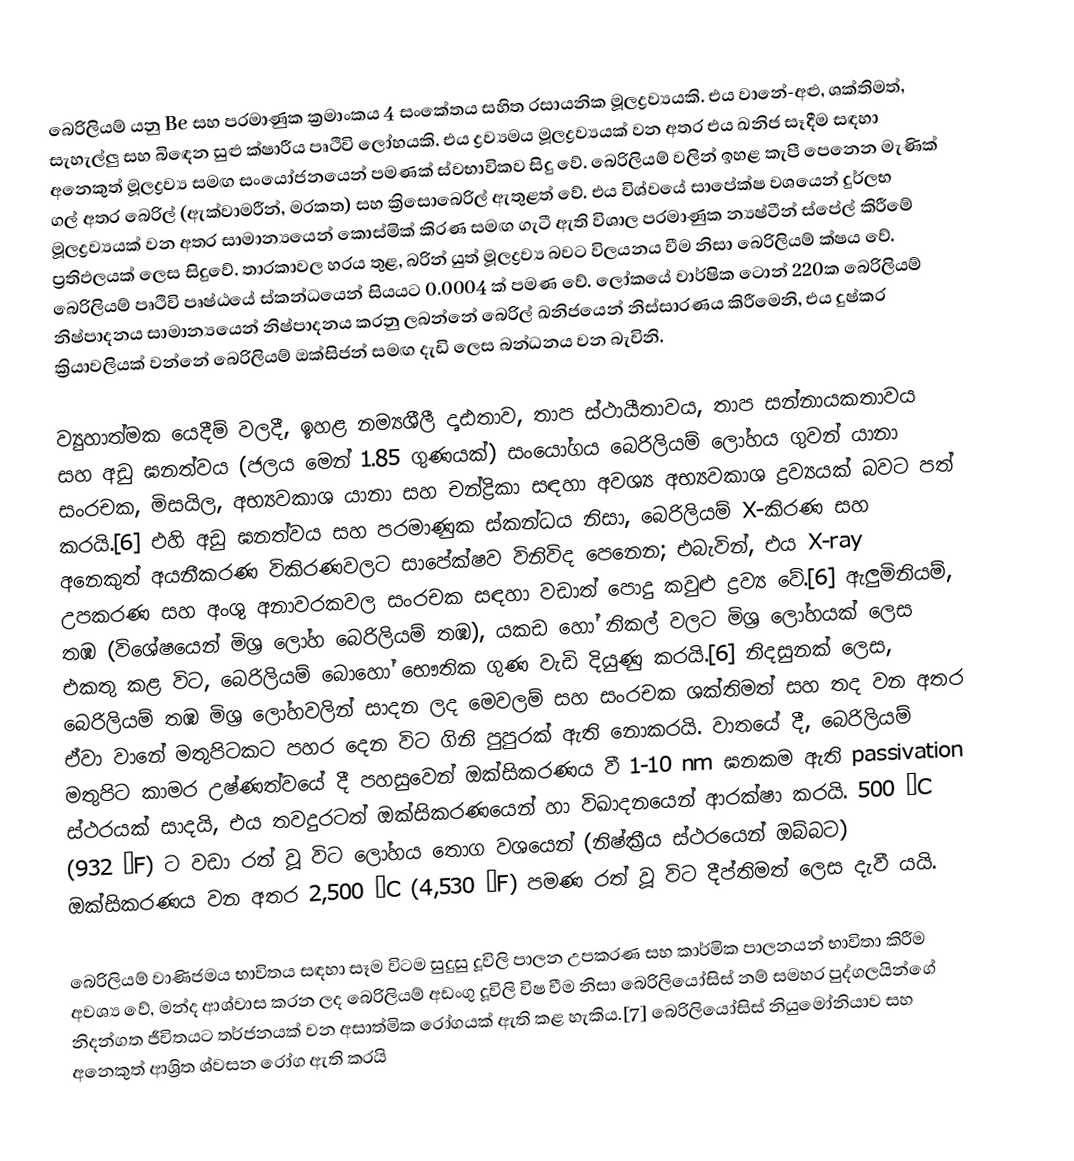
බෙරිලියම් යනු Be සහ පරමාණුක ක්‍රමාංකය 4 සංකේතය සහිත රසායනික මූලද්‍රව්‍යයකි. එය වානේ-අළු, ශක්තිමත්, සැහැල්ලු සහ බිඳෙන සුළු ක්ෂාරීය පෘථිවි ලෝහයකි. එය ද්‍රව්‍යමය මූලද්‍රව්‍යයක් වන අතර එය ඛනිජ සෑදීම සඳහා අනෙකුත් මූලද්‍රව්‍ය සමඟ සංයෝජනයෙන් පමණක් ස්වභාවිකව සිදු වේ. බෙරිලියම් වලින් ඉහළ කැපී පෙනෙන මැණික් ගල් අතර බෙරිල් (ඇක්වාමරීන්, මරකත) සහ ක්‍රිසොබෙරිල් ඇතුළත් වේ. එය විශ්වයේ සාපේක්ෂ වශයෙන් දුර්ලභ මූලද්‍රව්‍යයක් වන අතර සාමාන්‍යයෙන් කොස්මික් කිරණ සමඟ ගැටී ඇති විශාල පරමාණුක න්‍යෂ්ටීන් ස්පේල් කිරීමේ ප්‍රතිඵලයක් ලෙස සිදුවේ. තාරකාවල හරය තුළ, බරින් යුත් මූලද්‍රව්‍ය බවට විලයනය වීම නිසා බෙරිලියම් ක්ෂය වේ. බෙරිලියම් පෘථිවි පෘෂ්ඨයේ ස්කන්ධයෙන් සියයට 0.0004 ක් පමණ වේ. ලෝකයේ වාර්ෂික ටොන් 220ක බෙරිලියම් නිෂ්පාදනය සාමාන්‍යයෙන් නිෂ්පාදනය කරනු ලබන්නේ බෙරිල් ඛනිජයෙන් නිස්සාරණය කිරීමෙනි, එය දුෂ්කර ක්‍රියාවලියක් වන්නේ බෙරිලියම් ඔක්සිජන් සමඟ දැඩි ලෙස බන්ධනය වන බැවිනි.

ව්‍යුහාත්මක යෙදීම් වලදී, ඉහළ නම්‍යශීලී දෘඪතාව, තාප ස්ථායීතාවය, තාප සන්නායකතාවය සහ අඩු ඝනත්වය (ජලය මෙන් 1.85 ගුණයක්) සංයෝගය බෙරිලියම් ලෝහය ගුවන් යානා සංරචක, මිසයිල, අභ්‍යවකාශ යානා සහ චන්ද්‍රිකා සඳහා අවශ්‍ය අභ්‍යවකාශ ද්‍රව්‍යයක් බවට පත් කරයි.[6] එහි අඩු ඝනත්වය සහ පරමාණුක ස්කන්ධය නිසා, බෙරිලියම් X-කිරණ සහ අනෙකුත් අයනීකරණ විකිරණවලට සාපේක්ෂව විනිවිද පෙනෙන; එබැවින්, එය X-ray උපකරණ සහ අංශු අනාවරකවල සංරචක සඳහා වඩාත් පොදු කවුළු ද්‍රව්‍ය වේ.[6] ඇලුමිනියම්, තඹ (විශේෂයෙන් මිශ්‍ර ලෝහ බෙරිලියම් තඹ), යකඩ හෝ නිකල් වලට මිශ්‍ර ලෝහයක් ලෙස එකතු කළ විට, බෙරිලියම් බොහෝ භෞතික ගුණ වැඩි දියුණු කරයි.[6] නිදසුනක් ලෙස, බෙරිලියම් තඹ මිශ්‍ර ලෝහවලින් සාදන ලද මෙවලම් සහ සංරචක ශක්තිමත් සහ තද වන අතර ඒවා වානේ මතුපිටකට පහර දෙන විට ගිනි පුපුරක් ඇති නොකරයි. වාතයේ දී, බෙරිලියම් මතුපිට කාමර උෂ්ණත්වයේ දී පහසුවෙන් ඔක්සිකරණය වී 1-10 nm ඝනකම ඇති passivation ස්ථරයක් සාදයි, එය තවදුරටත් ඔක්සිකරණයෙන් හා විඛාදනයෙන් ආරක්ෂා කරයි. 500 °C (932 °F) ට වඩා රත් වූ විට ලෝහය තොග වශයෙන් (නිෂ්ක්‍රීය ස්ථරයෙන් ඔබ්බට) ඔක්සිකරණය වන අතර 2,500 °C (4,530 °F) පමණ රත් වූ විට දීප්තිමත් ලෙස දැවී යයි.

බෙරිලියම් වාණිජමය භාවිතය සඳහා සෑම විටම සුදුසු දූවිලි පාලන උපකරණ සහ කාර්මික පාලනයන් භාවිතා කිරීම අවශ්‍ය වේ, මන්ද ආශ්වාස කරන ලද බෙරිලියම් අඩංගු දූවිලි විෂ වීම නිසා බෙරිලියෝසිස් නම් සමහර පුද්ගලයින්ගේ නිදන්ගත ජීවිතයට තර්ජනයක් වන අසාත්මික රෝගයක් ඇති කළ හැකිය.[7] බෙරිලියෝසිස් නියුමෝනියාව සහ අනෙකුත් ආශ්‍රිත ශ්වසන රෝග ඇති කරයි